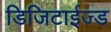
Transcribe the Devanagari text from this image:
डिजिटाईज्ड